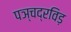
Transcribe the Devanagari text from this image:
पञ्चद्रविड़